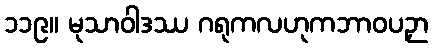
၁၁၉။ မုသာဝါဒဿ ဂရုကလဟုကဘာဝပဉှာ